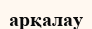
арқалау